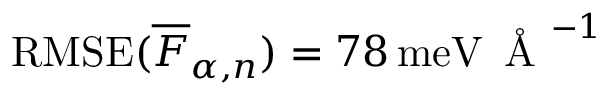
\mathrm { R M S E } ( \overline { { F } } _ { \alpha , n } ) = 7 8 \, \mathrm { m e V } \, \mathrm { ~ \AA ~ } ^ { - 1 }